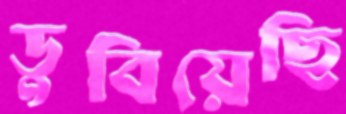
ডুবিয়েছি